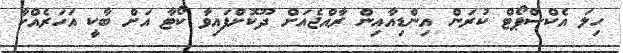
ހިލަ އެކްސްޕޯޓް ކުރަން އިންޑިއާއިން ރާއްޖެއަށް ދޫކޮށްފައިވާ ކޯޓާ އަށް ބާކީ އަހަރެއްހާ